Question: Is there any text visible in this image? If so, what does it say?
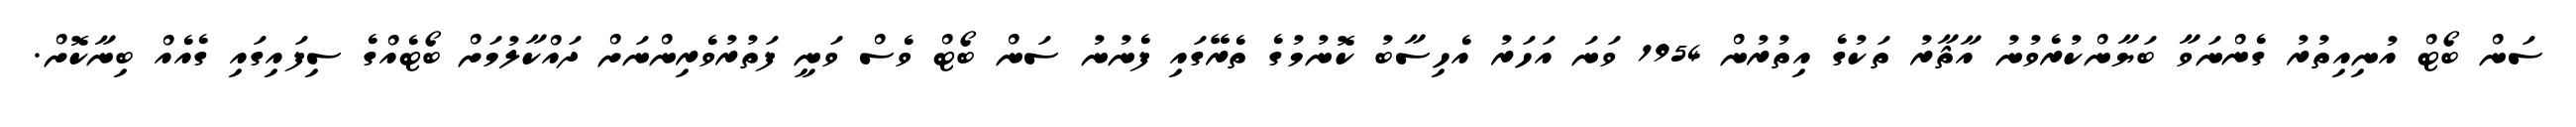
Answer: ސަން ބޯޓް އުނިއިތުރު ގެންނަވާ ބަޔާންކުރެވުނު އާޘާރު ތަކުގެ އިތުރުން 1954 ވަނަ އަހަރު އެހިސާބު ކޮނުމުގެ ތެރޭގައި ފެނުނު ސަން ބޯޓް ވެސް ވަނީ ފަތުރުވެރިންނަށް ދައްކާލުމަށް ބޯޓެއްގެ ސިފައިގައި ގެއެއް ބިނާކޮށް.